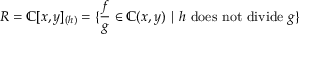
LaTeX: R = \mathbb { C } [ x , y ] _ { ( h ) } = \{ { \frac { f } { g } } \in \mathbb { C } ( x , y ) \mid h { \mathrm { ~ d o e s ~ n o t ~ d i v i d e ~ } } g \}